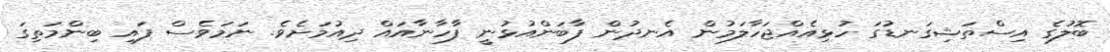
ބޮލުގެ އިސްތަޝިގަނޑުގަ ހުޅިއެއްޖަހާލަމުން އެނދުން ފާބަންއުޅުނީ ފާހާނާއައް ދިއުމަށެވެ. ނަމަވެސް ފައި ބިންމަތިގަ